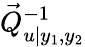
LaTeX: \vec{Q}_{u\vert y_{1},y_{2}}^{-1}